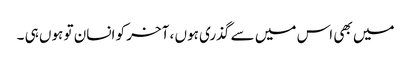
میں بھی اس میں سے گذری ہوں ، آخر کو انسان تو ہوں ہی ۔